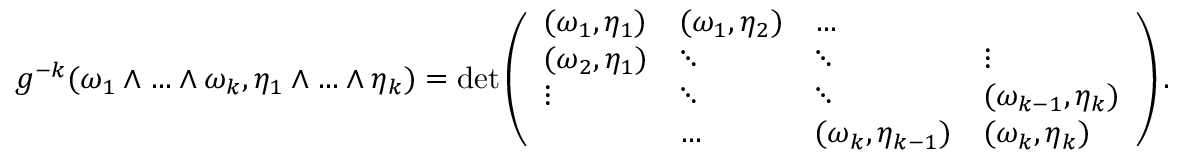
g ^ { - k } ( \omega _ { 1 } \wedge \hdots \wedge \omega _ { k } , \eta _ { 1 } \wedge \hdots \wedge \eta _ { k } ) = \operatorname* { d e t } \left( \begin{array} { l l l l } { ( \omega _ { 1 } , \eta _ { 1 } ) } & { ( \omega _ { 1 } , \eta _ { 2 } ) } & { \hdots } & \\ { ( \omega _ { 2 } , \eta _ { 1 } ) } & { \ddots } & { \ddots } & { \vdots } \\ { \vdots } & { \ddots } & { \ddots } & { ( \omega _ { k - 1 } , \eta _ { k } ) } \\ & { \hdots } & { ( \omega _ { k } , \eta _ { k - 1 } ) } & { ( \omega _ { k } , \eta _ { k } ) } \end{array} \right) .